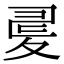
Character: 𡕪